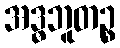
အဒ္ဓဘူတဉ္စ